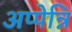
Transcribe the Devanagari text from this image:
अप्पेन्नि